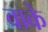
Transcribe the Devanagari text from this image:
वाके